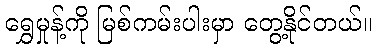
ရွှေမှုန့်ကို မြစ်ကမ်းပါးမှာ တွေ့နိုင်တယ်။